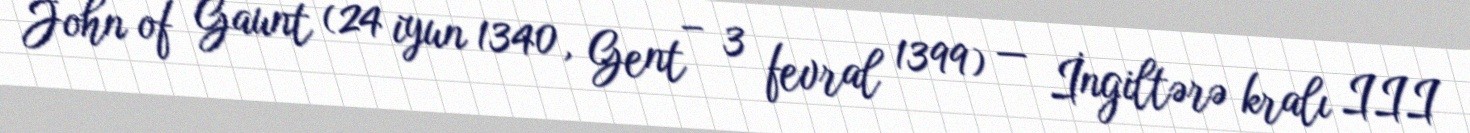
John of Gaunt (24 iyun 1340, Gent – 3 fevral 1399) — İngiltərə kralı III